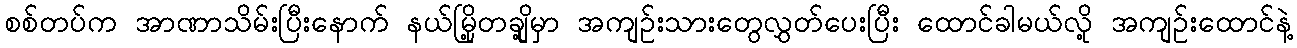
စစ်တပ်က အာဏာသိမ်းပြီးနောက် နယ်မြို့တချို့မှာ အကျဉ်းသားတွေလွှတ်ပေးပြီး ထောင်ခါမယ်လို့ အကျဉ်းထောင်နဲ့